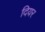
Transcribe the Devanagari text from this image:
दियर